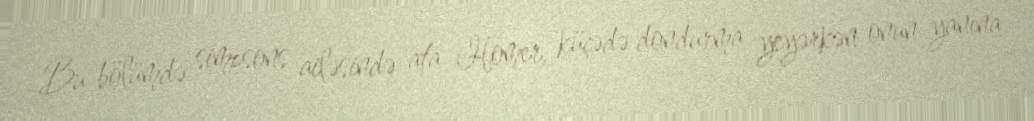
Bu bölümdə simpsons ailəsində ata Homer, küçədə dondurma yeyərkən onun yanına